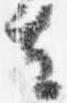
去